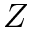
\cal Z